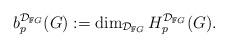
LaTeX: \begin{align*} b_p^{\mathcal{D}_{\mathbb{F}G}}(G) := \dim_{\mathcal{D}_{\mathbb{F}G}} H_p^{\mathcal{D}_{\mathbb{F}G}} (G).\end{align*}